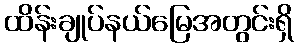
ထိန်းချုပ်နယ်မြေအတွင်းရှိ